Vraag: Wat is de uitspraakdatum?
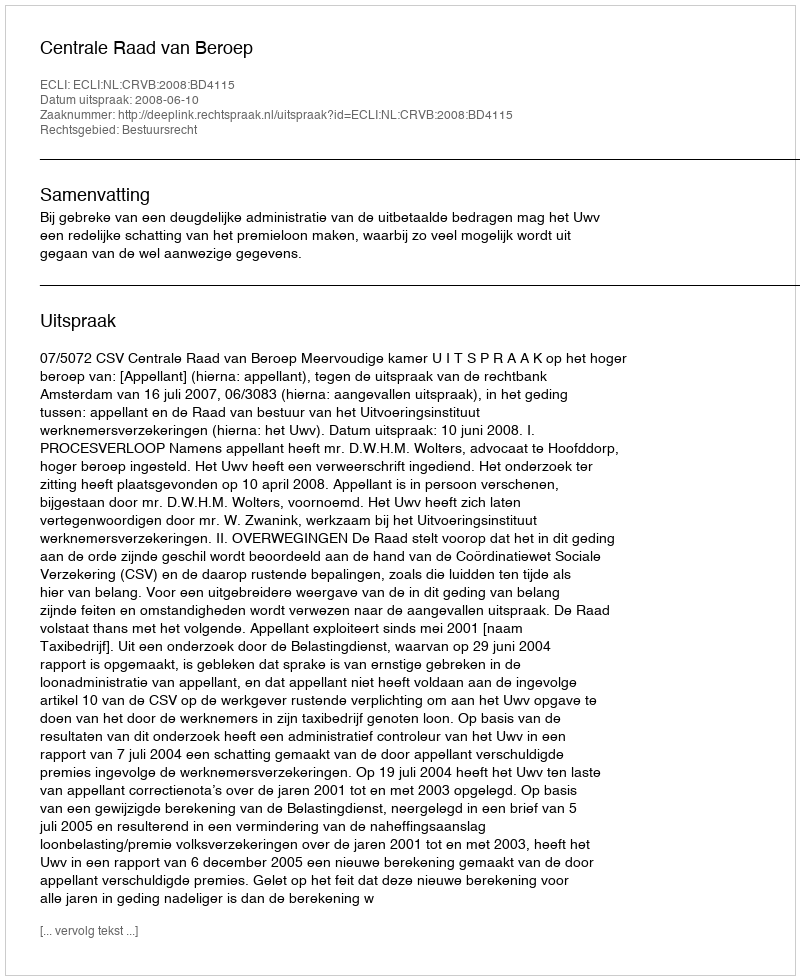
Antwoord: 2008-06-10